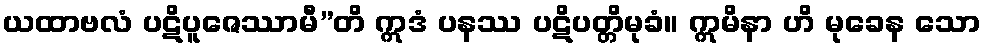
ယထာဗလံ ပဋိပူဇေဿာမီ”တိ ဣဒံ ပနဿ ပဋိပတ္တိမုခံ။ ဣမိနာ ဟိ မုခေန သော